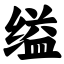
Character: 缢